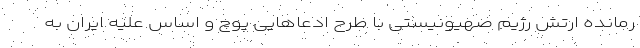
رمانده ارتش رژیم صهیونیستی با طرح ادعاهایی پوچ و اساس علیه ایران به